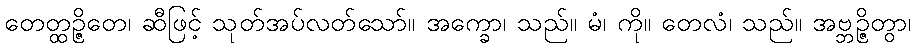
တေတ္ထဉ္ဇိတေ၊ ဆီဖြင့် သုတ်အပ်လတ်သော်။ အက္ခော၊ သည်။ မံ၊ ကို။ တေလံ၊ သည်။ အဗ္ဘဉ္ဇိတွာ၊